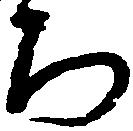
ち